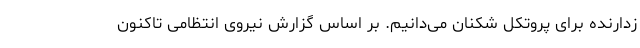
زدارنده برای پروتکل شکنان می‌دانیم. بر اساس گزارش نیروی انتظامی تاکنون